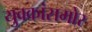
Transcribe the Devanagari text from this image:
युवकांसमोर